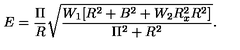
E = \frac { \Pi } { R } \sqrt { \frac { W _ { 1 } [ R ^ { 2 } + B ^ { 2 } + W _ { 2 } R _ { x } ^ { 2 } R ^ { 2 } ] } { \Pi ^ { 2 } + R ^ { 2 } } } .